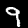
Digit: 9